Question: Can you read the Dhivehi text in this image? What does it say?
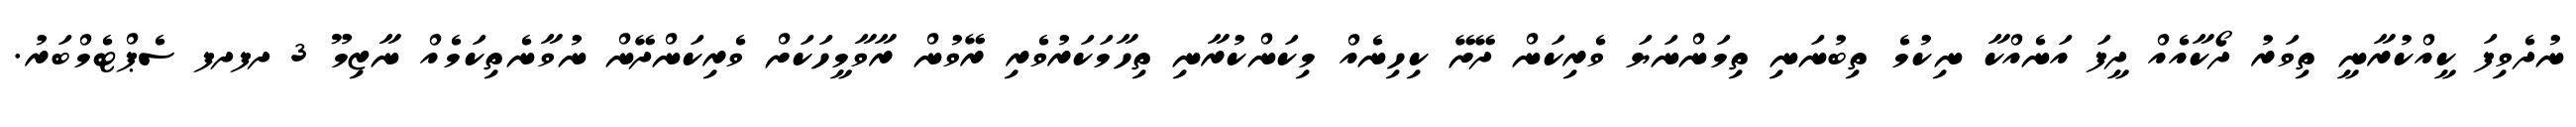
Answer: ނުދެވިފަ ކީއްކުރާނީ ތިވަރު ދޯކާއެއް ދީފަ އަނެއްކާ ނިކުމެ ތިބުނަނި ތިމަންނަޔަ ވެރިކަން ދޭށޭ ކިހިނެއް މިކަންކުރާނި ތިހާމަކަރުވެރި ރޭވުން ރާވާމީހަކަށް ވެރިކަންދޭން ނުވާނެތިކަމެއް ނާޒިމޫ 3 ދފދފ ސެޕްޓެމްބަރު.